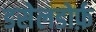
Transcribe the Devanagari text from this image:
डसेलडोर्फ़